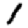
Digit: 1